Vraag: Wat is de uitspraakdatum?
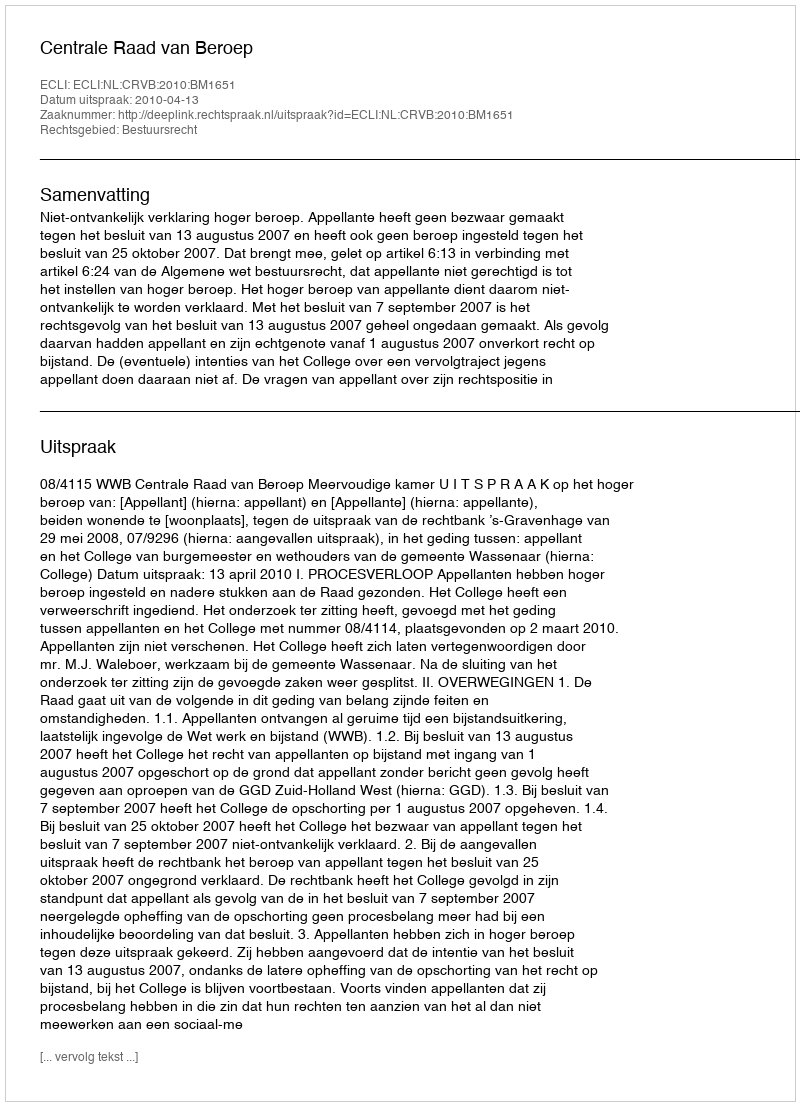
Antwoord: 2010-04-13